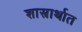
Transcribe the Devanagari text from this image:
शास्त्रार्थात